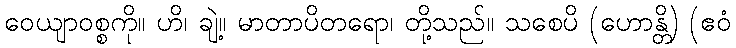
ဝေယျာဝစ္စကို။ ဟိ၊ ချဲ့။ မာတာပိတရော၊ တို့သည်။ သစေပိ (ဟောန္တိ) (ဧဝံ